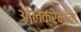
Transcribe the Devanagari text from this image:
ओलेक्रेनॉन